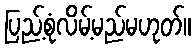
ပြည့်စုံလိမ့်မည်မဟုတ်။